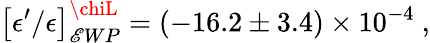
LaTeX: \left[\epsilon^{\prime}/\epsilon\right]_{\mathscr{E}WP}^{\chiL}=\left(-16.2\pm3.4\right)\times10^{-4}\ ,